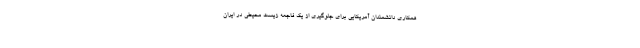
همکاری دانشمندان آمریکایی برای جلوگیری از یک فاجعه زیست محیطی در ایران